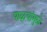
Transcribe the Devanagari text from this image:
पाळ्यांमुळे